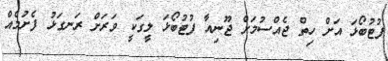
ފުޓުބޯޅަ އަށް ހިތް ޖެއްސުމަށް ޖޫނިއާ ފުޓުބޯޅަ ލީގަކީ ވަރަށް ރަނގަޅު ފެށުމެއް